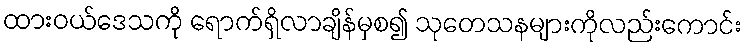
ထားဝယ်ဒေသကို ရောက်ရှိလာချိန်မှစ၍ သုတေသနများကိုလည်းကောင်း